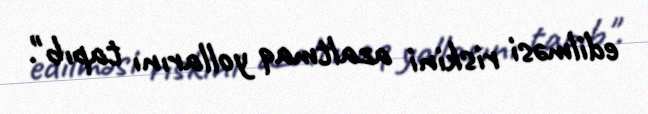
edilməsi riskini azaltmaq yollarını tapıb".